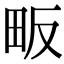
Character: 畈